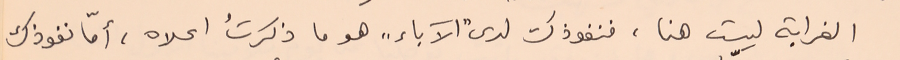
الغرابة ليست هنا، فنفوذك لدى "الآباء" هو ما ذكرتُ اعلاه، أمّأ نفوذك